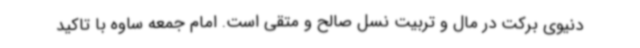
دنیوی برکت در مال و تربیت نسل صالح و متقی است. امام جمعه ساوه با تاکید